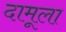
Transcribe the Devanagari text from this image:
दामूला